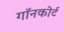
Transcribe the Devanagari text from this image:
गॉनकोर्ट